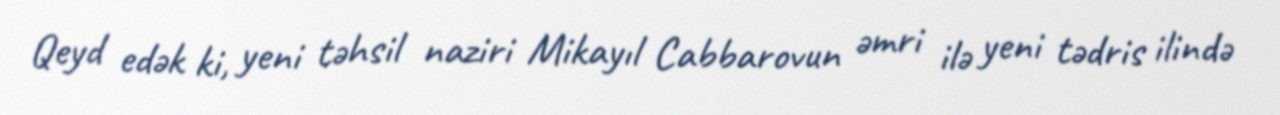
Qeyd edək ki, yeni təhsil naziri Mikayıl Cabbarovun əmri ilə yeni tədris ilində